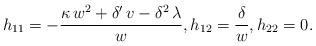
LaTeX: \begin{align*} h_{11}=-\frac{\kappa\, w^{2}+\delta ' \,v-\delta ^{2}\,\lambda }{w},h_{12}=\frac{\delta }{w}, h_{22}=0. \end{align*}